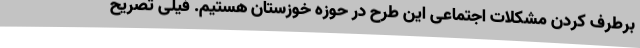
برطرف کردن مشکلات اجتماعی این طرح در حوزه خوزستان هستیم. فیلی تصریح